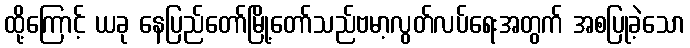
ထို့ကြောင့် ယခု နေပြည်တော်မြို့တော်သည်ဗမာ့လွတ်လပ်ရေးအတွက် အစပြုခဲ့သော